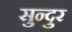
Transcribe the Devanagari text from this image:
सुन्दुर